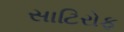
સાટિરોફ